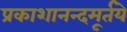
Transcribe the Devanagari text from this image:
प्रकाशानन्दमूर्तये